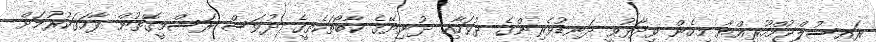
ރައީސުލްޖުމްހޫރިއްޔާ މިހެން ވިދާޅުވީ ދަނޑުވެރިންގެ ދުވަހާއި ދުނިޔޭގެ ކާބޯތަކެތީގެ ދުވަސް ރަސްމީގޮތުން ފާހަގަކުރުމަށް